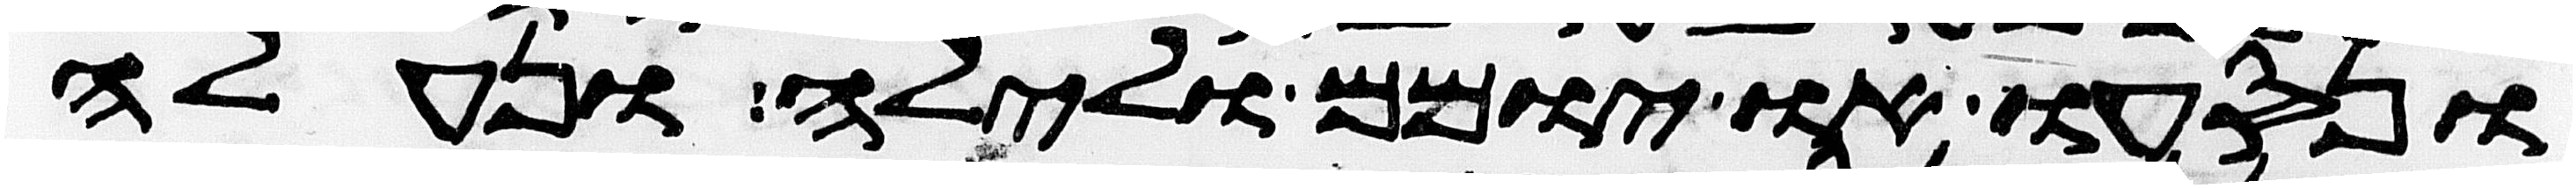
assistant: ונסעו או יומם ולילה ונעלה